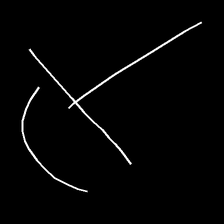
Glyph: dispersion